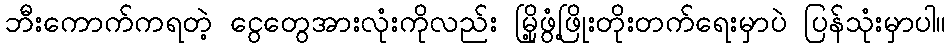
ဘီးကောက်ကရတဲ့ ငွေတွေအားလုံးကိုလည်း မြို့ဖွံ့ဖြိုးတိုးတက်ရေးမှာပဲ ပြန်သုံးမှာပါ။